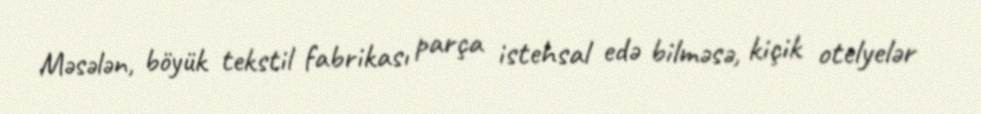
Məsələn, böyük tekstil fabrikası parça istehsal edə bilməsə, kiçik otelyelər